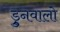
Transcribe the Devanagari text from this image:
ड्रुनवालो